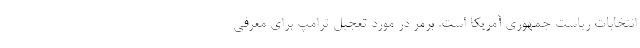
انتخابات ریاست جمهوری آمریکا است. برمر در مورد تعجیل ترامپ برای معرفی